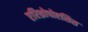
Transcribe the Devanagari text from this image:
एरिथ्रोपोएसिस